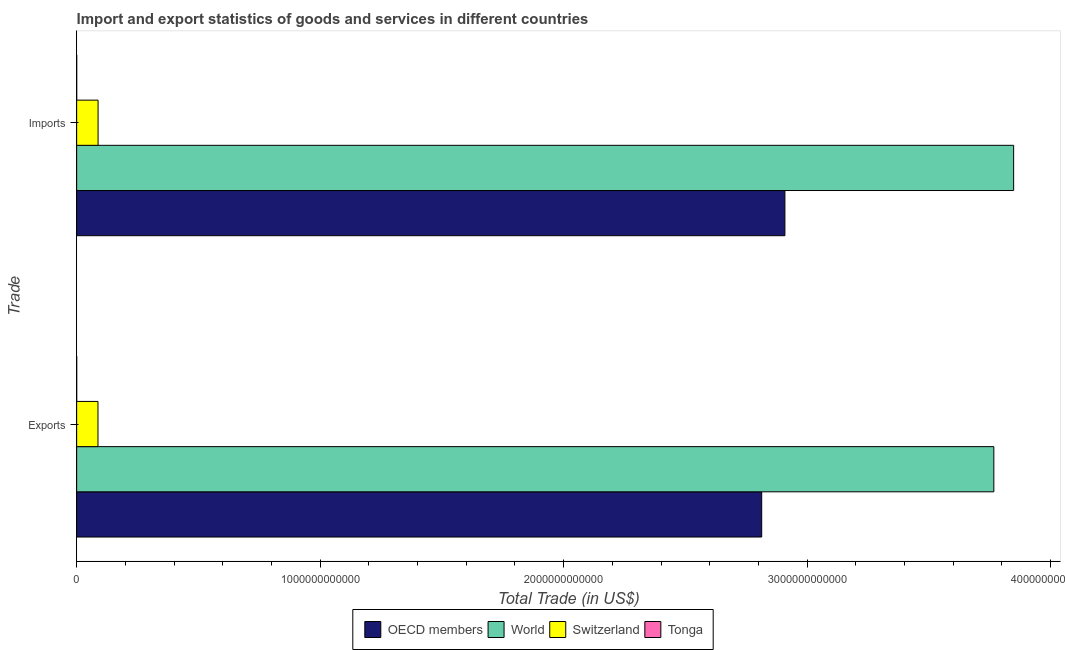
| Trade | OECD members | World | Switzerland | Tonga |
 | --- | --- | --- | --- | --- |
 | Exports | 2.81e+12 | 3.77e+12 | 8.75e+10 | 2.67e+07 |
 | Imports | 2.91e+12 | 3.85e+12 | 8.79e+10 | 6.68e+07 |